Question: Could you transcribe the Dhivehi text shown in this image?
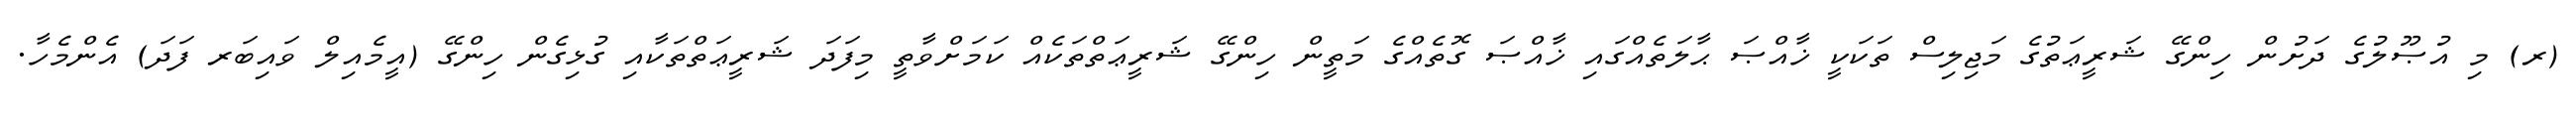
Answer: (ރ) މި އުޞޫލުގެ ދަށުން ހިންގޭ ޝަރީޢަތުގެ މަޖިލިސް ތަކަކީ ޚާއްޞަ ޙާލަތެއްގައި ޚާއްޞަ ގޮތެއްގެ މަތީން ހިންގޭ ޝަރީޢަތްތަކެއް ކަމަށްވާތީ މިފަދަ ޝަރީޢަތްތަކާއި ގުޅިގެން ހިންގޭ (އީމެއިލް ވައިބަރ ފަދަ) އެންމެހާ.